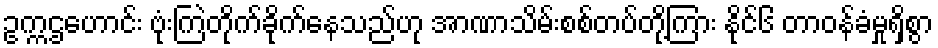
ဥက္ကဌဟောင်း ဗုံးကြဲတိုက်ခိုက်နေသည်ဟု အာဏာသိမ်းစစ်တပ်တို့ကြား နိုင်၆ တာဝန်ခံမှုရှိစွာ